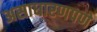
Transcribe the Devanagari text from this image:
असाधारणपणे